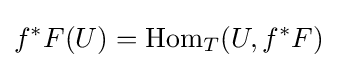
f^{*}F(U)={\text{Hom}}_{T}(U,f^{*}F)